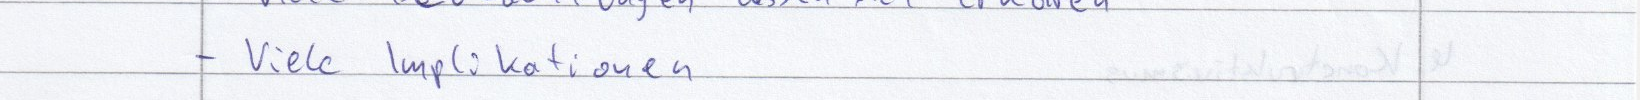
- Viele Implikationen